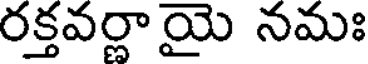
రక్తవర్ణాయై నమః